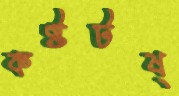
কষ্টটষ্